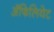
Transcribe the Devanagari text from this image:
अॅफिलियेट